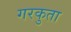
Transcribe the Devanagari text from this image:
गरकुता